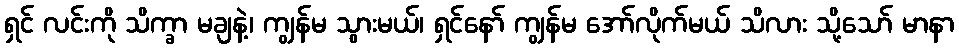
ရှင် လင်းကို သိက္ခာ မချနဲ့၊ ကျွန်မ သွားမယ်၊ ရှင်နော် ကျွန်မ အော်လိုက်မယ် သိလား သို့သော် မာနာ